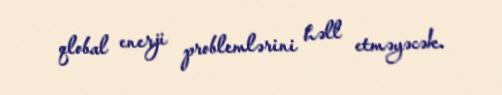
qlobal enerji problemlərini həll etməyəcək.